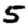
Digit: 5